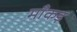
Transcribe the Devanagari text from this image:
माँकड़